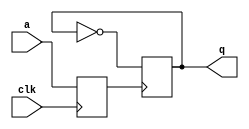
`timescale 1ns / 1ps

module d_ff_s(
	input clk,
	input wire a,
	output reg q
);
	reg x;

	always @(negedge clk) x <= a;
	always @(negedge x) q <= !q;
endmodule